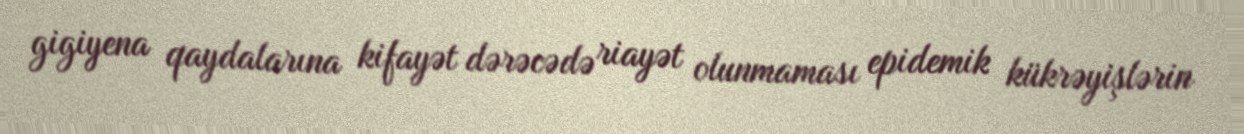
gigiyena qaydalarına kifayət dərəcədə riayət olunmaması epidemik kükrəyişlərin